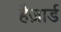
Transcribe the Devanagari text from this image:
हैज़ार्ड